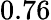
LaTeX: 0.76